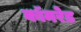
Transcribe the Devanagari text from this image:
काॅमरेड